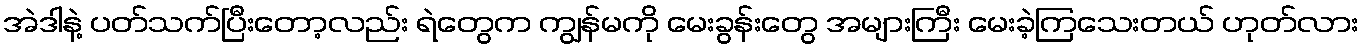
အဲဒါနဲ့ ပတ်သက်ပြီးတော့လည်း ရဲတွေက ကျွန်မကို မေးခွန်းတွေ အများကြီး မေးခဲ့ကြသေးတယ် ဟုတ်လား